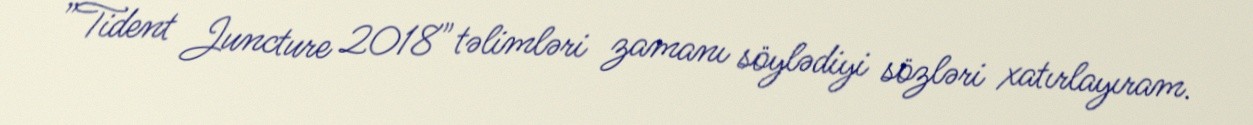
”Tident Juncture 2018" təlimləri zamanı söylədiyi sözləri xatırlayıram.